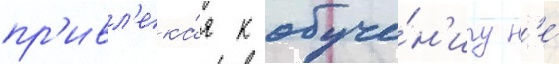
пр'ивл'ека́я к обуче́н'иу н'е́